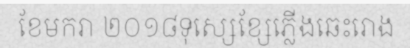
ខែមករា ២០១៨ទុស្សេខ្សែភ្លើងឆេះរោង